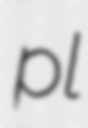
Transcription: pl